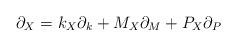
LaTeX: \begin{align*}\partial_{X} = k_{X}\partial_{k} + M_{X}\partial_{M} + P_{X}\partial_{P} \end{align*}